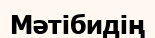
Мәтібидің